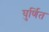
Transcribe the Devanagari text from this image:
घुर्णित